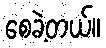
စေခဲ့တယ်။